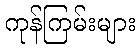
ကုန်ကြမ်းများ